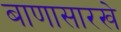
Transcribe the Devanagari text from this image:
बाणासारखे